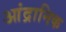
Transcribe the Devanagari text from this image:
आंद्रानिक